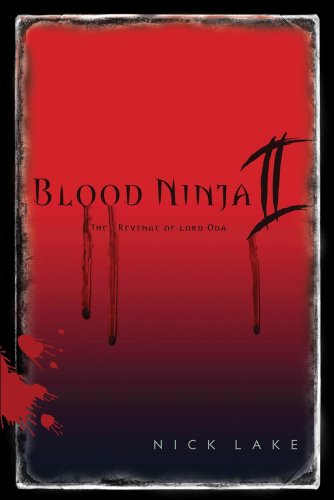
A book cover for Blood Ninja II: The Revenge of Lord Oda; Nick Lake; Teen & Young Adult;